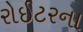
રોઈટરના